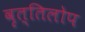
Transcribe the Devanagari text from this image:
वृत्तिलोप